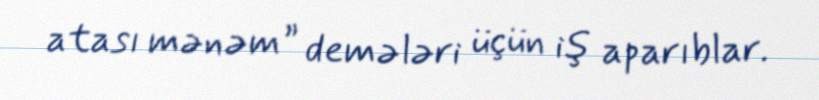
atası mənəm” demələri üçün iş aparıblar.